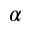
\alpha